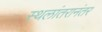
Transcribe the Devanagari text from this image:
स्थलांतरानंतर